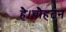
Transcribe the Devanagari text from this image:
है।चौहटन